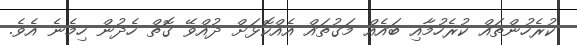
ކުރެހުންތައް ކުރެހުމާއި ބައެއް މަގުތައް އެއްކޮޅަށް ދުއްވޭ ގޮތް ހެދުން ހިމެނެ އެވެ.